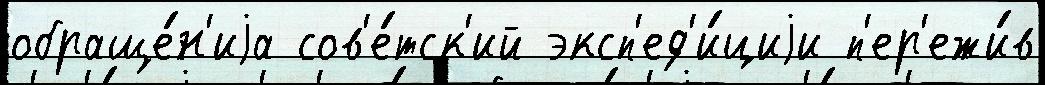
обраще́н'иjа сов'е́тск'ий эксп'ед'и́циjи п'ер'ежи́в